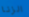
الزنا